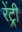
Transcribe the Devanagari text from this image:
रेंट्री